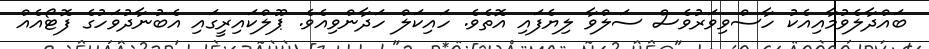
ބައްދާލެވުމާއިއެކު ހާސްވިވަރުވެސް ސަލްވާ ލިޔެފައި އޮތެވެ. ހައިކަލް ހަދާންވިއެވެ. ޕޫލްކައިރީގައި އެބުނާދުވަހުގެ ފޮޓޯއެއް